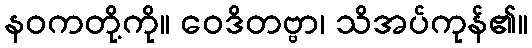
နဝကတို့ကို။ ဝေဒိတဗ္ဗာ၊ သိအပ်ကုန်၏။